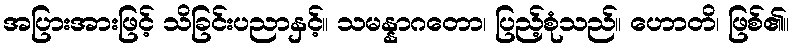
အပြားအားဖြင့် သိခြင်းပညာနှင့်။ သမန္နာဂတော၊ ပြည့်စုံသည်။ ဟောတိ၊ ဖြစ်၏။